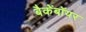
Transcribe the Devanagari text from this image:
बैकेंबॉयर